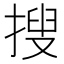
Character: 搜